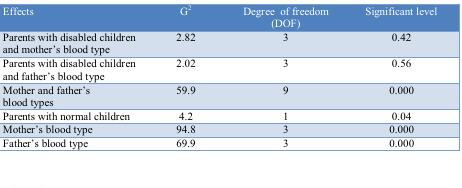
<table><thead><tr><td><b>Effects</b></td><td><b>G<sup>2</sup></b></td><td><b>Degree of freedom (DOF)</b></td><td><b>Significant level</b></td></tr></thead><tbody><tr><td>Parents with disabled children and mother’s blood type</td><td>2.82</td><td>3</td><td>0.42</td></tr><tr><td>Parents with disabled children and father’s blood type</td><td>2.02</td><td>3</td><td>0.56</td></tr><tr><td>Mother and father’s blood types </td><td>59.9</td><td>9</td><td>0.000</td></tr><tr><td>Parents with normal children</td><td>4.2</td><td>1</td><td>0.04</td></tr><tr><td>Mother’s blood type</td><td>94.8</td><td>3</td><td>0.000</td></tr><tr><td>Father’s blood type</td><td>69.9</td><td>3</td><td>0.000</td></tr></tbody></table>